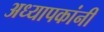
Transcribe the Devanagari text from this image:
अध्यापकांनीं